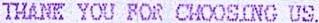
THANK YOU FOR CHOOSING US.